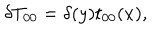
\delta T _ { 0 0 } = \delta ( y ) t _ { 0 0 } ( x ) ,